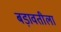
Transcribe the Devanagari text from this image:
बड़ावतीला